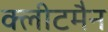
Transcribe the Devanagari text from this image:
क्लीटमैन